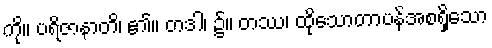
ကို။ ပရိဇာနာတိ၊ ၏။ တဒါ၊ ၌။ တဿ၊ ထိုသောတာပန်အစရှိသော